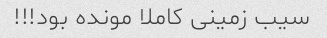
سیب زمینی کاملا مونده بود!!!